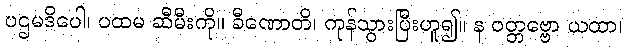
ပဌမဒိပေါ၊ ပထမ ဆီမီးကို။ ခီဏောတိ၊ ကုန်သွားပြီးဟူ၍။ န ဝတ္တဗ္ဗော ယထာ၊